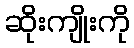
ဆိုးကျိုးကို